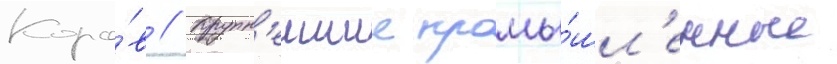
Коро́в // Крупн'еишие промы́шл'енные